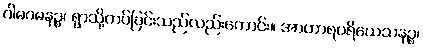
ဂါမဂမနဉ္စ၊ ရွာသို့ကပ်ခြင်းသည်လည်းကောင်း။ အာဟာရပရိယေသနဉ္စ၊